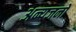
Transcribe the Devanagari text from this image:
अन्यजनों